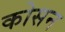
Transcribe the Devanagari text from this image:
कोसन